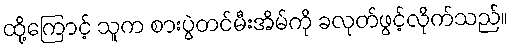
ထို့ကြောင့် သူက စားပွဲတင်မီးအိမ်ကို ခလုတ်ဖွင့်လိုက်သည်။